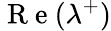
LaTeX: \mathrm{~R~e~}(\lambda^{+})